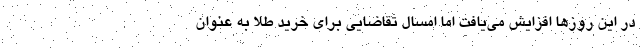
در این روزها افزایش می‌یافت اما امسال تقاضایی برای خرید طلا به عنوان